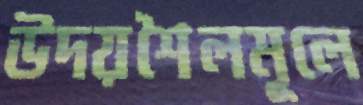
উদয়শৈলমূলে